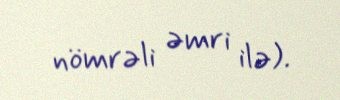
nömrəli əmri ilə).